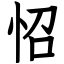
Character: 怊